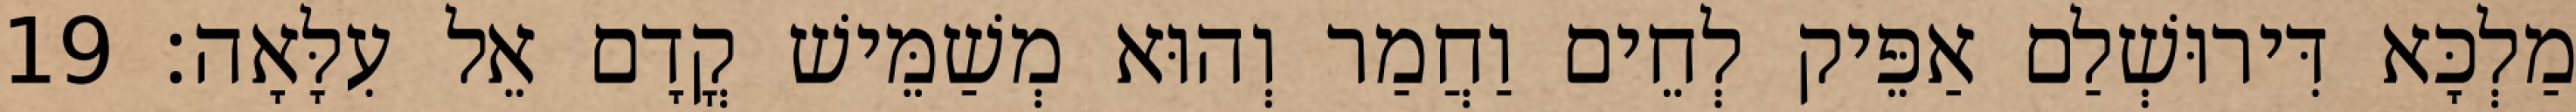
מַלְכָּא דִּירוּשְׁלַם אַפֵּיק לְחֵים וַחֲמַר וְהוּא מְשַׁמֵּישׁ קֳדָם אֵל עִלָּאָה׃ 19